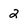
Character: 2